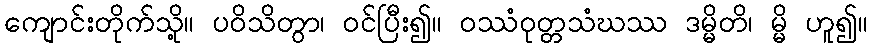
ကျောင်းတိုက်သို့။ ပဝိသိတွာ၊ ဝင်ပြီး၍။ ဝဿံဝုတ္တသံဃဿ ဒမ္မိတိ၊ မ္မိ ဟူ၍။